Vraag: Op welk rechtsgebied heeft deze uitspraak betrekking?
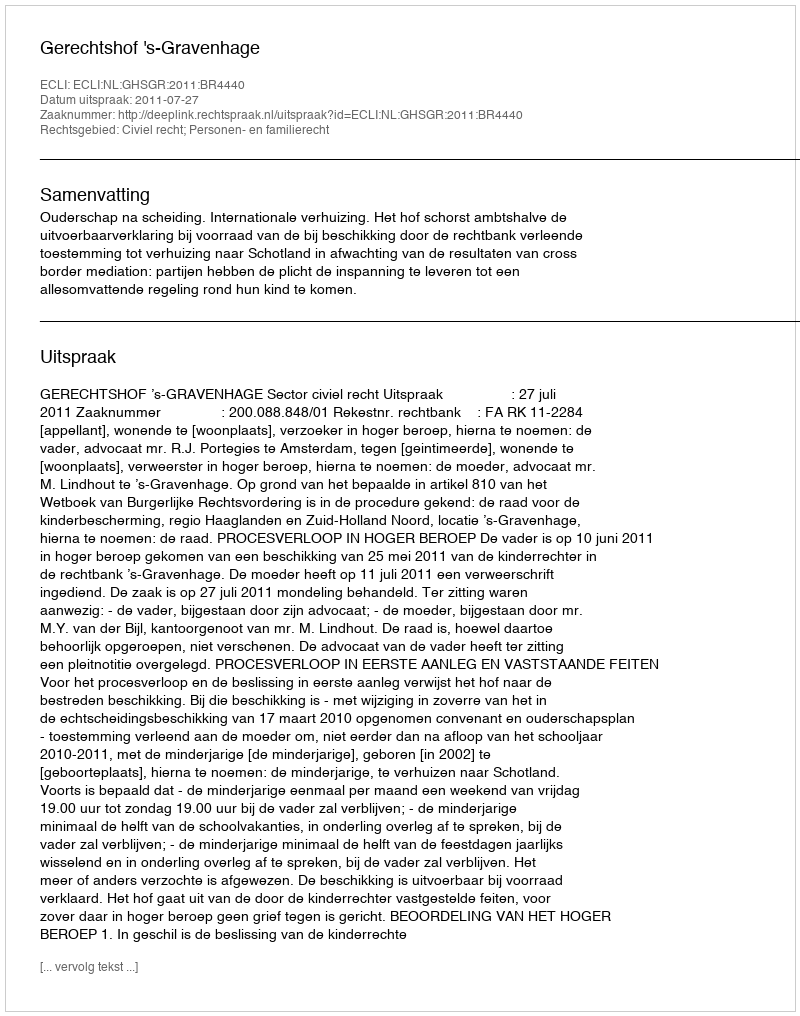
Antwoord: Civiel recht; Personen- en familierecht